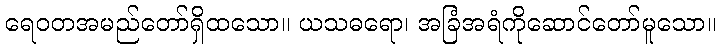
ရေဝတအမည်တော်ရှိထသော။ ယသဓရော၊ အခြံအရံကိုဆောင်တော်မူသော။